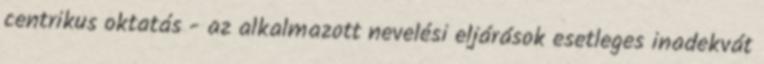
centrikus oktatás - az alkalmazott nevelési eljárások esetleges inadekvát